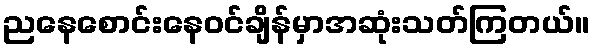
ညနေစောင်းနေဝင်ချိန်မှာအဆုံးသတ်ကြတယ်။